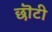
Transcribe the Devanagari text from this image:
छॊटी